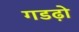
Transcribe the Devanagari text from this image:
गडढ़ो